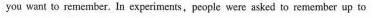
you want to remember. In experiments,people were asked to remember up to